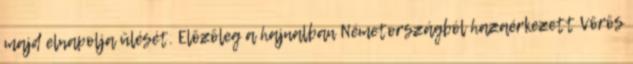
majd elnapolja ülését. Elõzõleg a hajnalban Németországból hazaérkezett Vörös